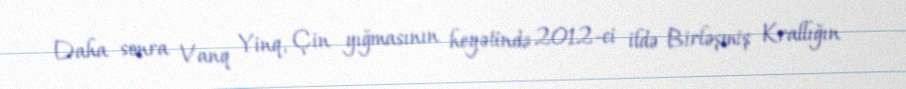
Daha sonra Vanq Yinq, Çin yığmasının heyətində 2012-ci ildə Birləşmiş Krallığın